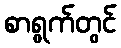
စာရွက်တွင်